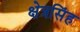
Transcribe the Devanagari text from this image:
क्षेत्रसिंह